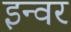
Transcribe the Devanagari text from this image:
इन्वर